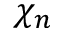
\chi _ { n }